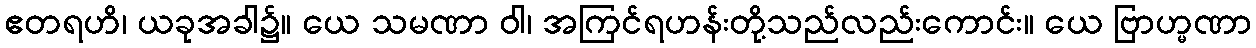
ဧတရဟိ၊ ယခုအခါ၌။ ယေ သမဏာ ဝါ၊ အကြင်ရဟန်းတို့သည်လည်းကောင်း။ ယေ ဗြာဟ္မဏာ